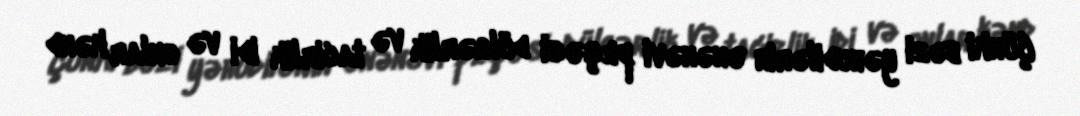
Çünki bəzi yəhudilərin ənənəvi peşəsi dülgərlik və tacirlik idi və onlar kənd